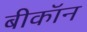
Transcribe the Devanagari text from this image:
बीकॉन